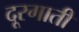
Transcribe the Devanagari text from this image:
दूरगाती